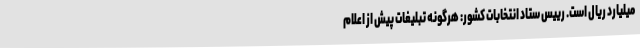
میلیارد ریال است. رییس ستاد انتخابات کشور: هرگونه تبلیغات پیش از اعلام